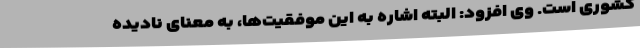
کشوری است. وی افزود: البته اشاره به این موفقیت‌ها، به معنای نادیده